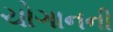
ચોગાનની